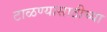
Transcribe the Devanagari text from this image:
टाळण्यासाठीच्या